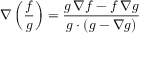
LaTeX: \nabla \left( { \frac { f } { g } } \right) = { \frac { g \, \nabla f - f \, \nabla g } { g \cdot ( g - \nabla g ) } }